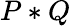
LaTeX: P*Q